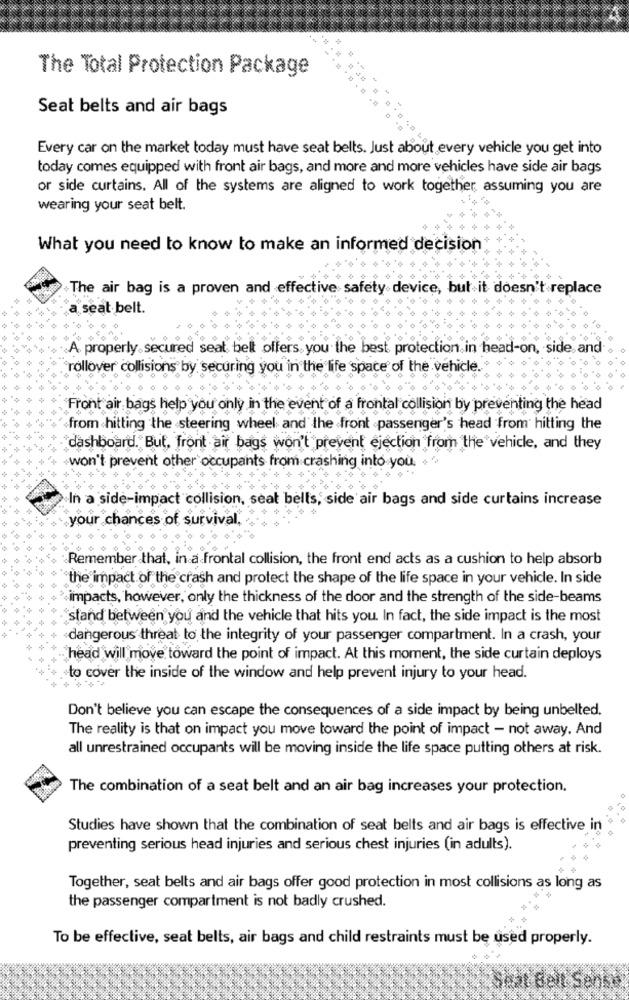
The Total Protection Package
Seat belts and air bags
Every car on the market today must have seat belts. Just about every vehicle you get into
today comes equipped with front air bags, and more and more vehicles have side air bags
or side curtains. All of the systems are aligned to work together, assuming you are
wearing your seat belt.
What you need to know to make an informed decision
+The air bag is a proven and effective safety device, but it doesn't replace
a seat belt.
A properly. secured seat belt offers you the best protection in head-on, side, and
rollover collisions by securing you in the life space of the vehicle.
Front air bags help you only in the event of a frontal collision by preventing the head
from hitting the steering wheel and the front passenger's head from hitting the
dashboard. But. front air bags won't prevent ejection from the vehicle, and they
won't prevent other occupants from crashing into you. + ',
In a side-impact collision, seat belts, side air bags and side curtains increase
your chances of survival,
Remember that, in a frontal collision, the front end acts as a cushion to help absorb
the impact of the crash and protect the shape of the life space in your vehicle. In side
impacts, however, only the thickness of the door and the strength of the side-beams
"stand between you and the vehicle that hits you. In fact, the side impact is the most
dangerous threat to the integrity of your passenger compartment. In a crash, your
head will move toward the point of impact. At this moment, the side curtain deploys
to cover the inside of the window and help prevent injury to your head.
Don't believe you can escape the consequences of a side impact by being unbelted.
The reality is that on impact you move toward the point of impact - not away. And
all unrestrained occupants will be moving inside the life space putting others at risk.
The combination of a seat belt and an air bag increases your protection.
Studies have shown that the combination of seat belts and air bags is effective in
preventing serious head injuries and serious chest injuries (in adults).
Together, seat belts and air bags offer good protection in most collisions as long as
the passenger compartment is not badly crushed.
To be effective, seat belts, air bags and child restraints must be used properly.
Seat Belt Sense,